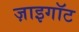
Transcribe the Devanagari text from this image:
ज़ाइगॉट